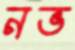
নভ